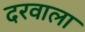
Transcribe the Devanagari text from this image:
दरवाला